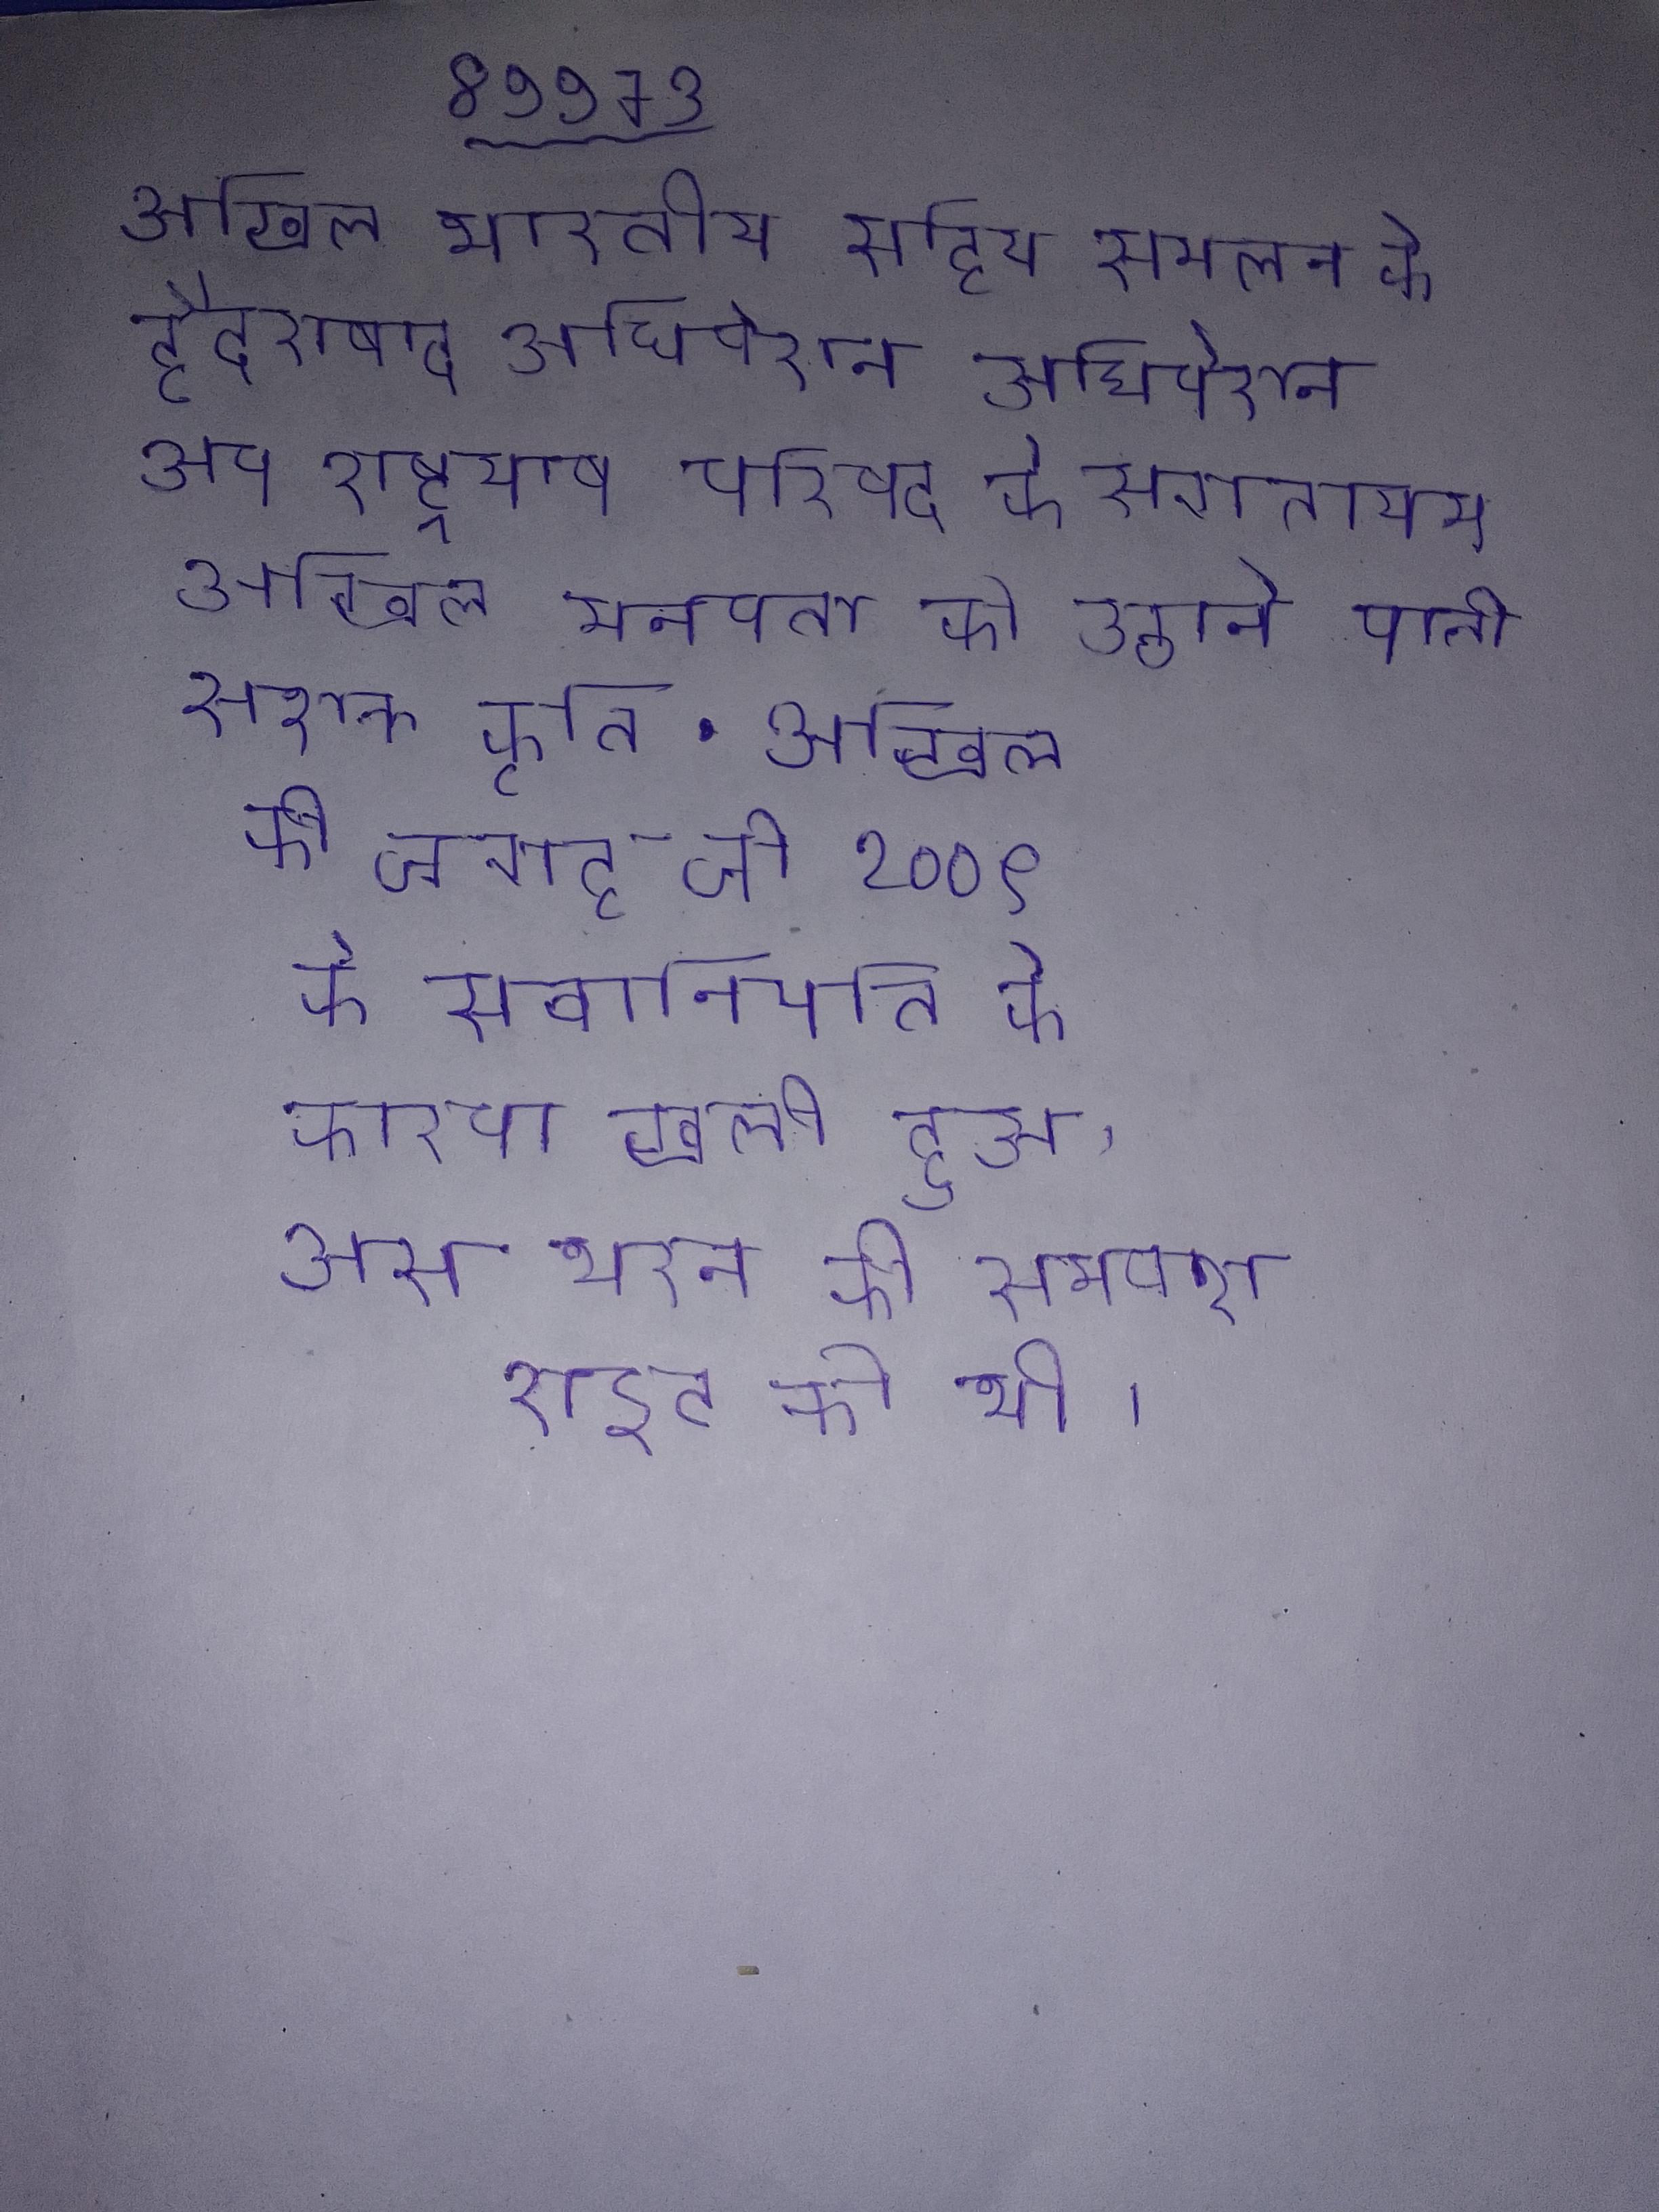
अखिल भारतीय साहित्य सम्मेलन के हैदराबाद अधिवेशन आप राष्ट्रभाषा परिषद के स्वागताध्यक्ष थे । अखिल मानवता को उठाने वाली एक सशक्त कृति . अखिल की जगह जो २००९ के सेवानिवृत्ति के कारण खाली हुआ, उसे भरने की समावेश राइट को थी ।